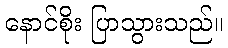
နောင်စိုး ပြာသွားသည်။